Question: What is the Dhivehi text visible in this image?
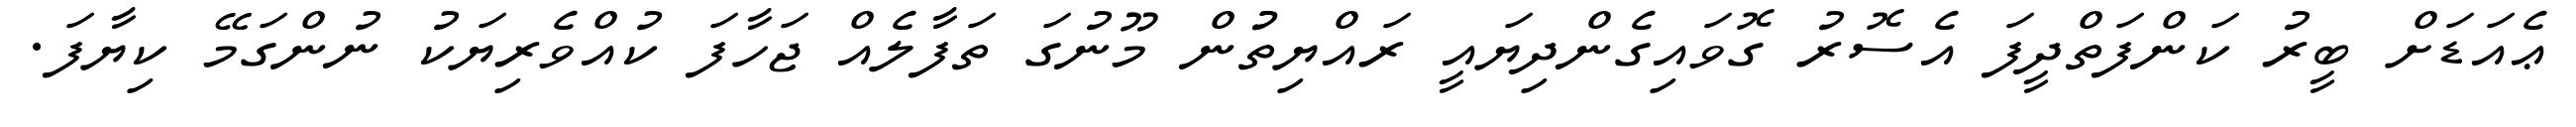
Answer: ޢެއަޑަށް ބީރު ކަންފަތްދީފަ އެސޮރު ގޮވައިގެންދިޔައީ ރައްޔިތުުން މޫނުގަ ތަފާލެއް ޖަހާފަ ކުއްވެރިޔަކު ނުންގަމޭ ކިޔާފަ.